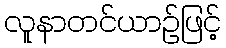
လူနာတင်ယာဉ်ဖြင့်